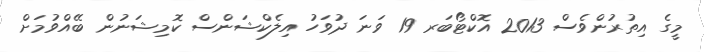
މީގެ އިތުރުންވެސް 2013 އޮކްޓޯބަރ 19 ވަަނަ ދުވަހު އިލެކްޝަންސް ކޮމިޝަނުން ބޭއްވުމަށް